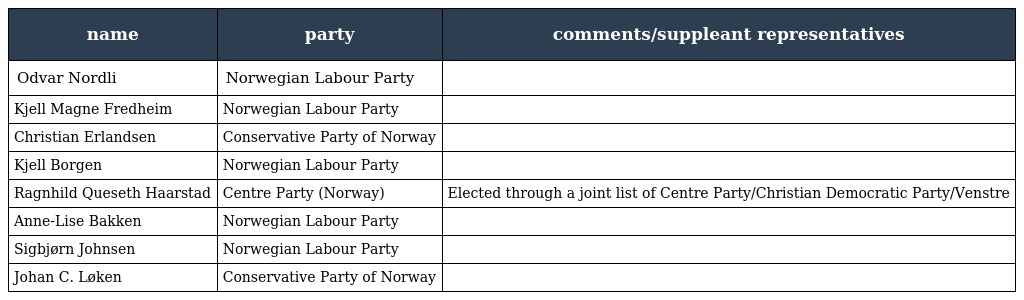
| name | party | comments/suppleant representatives |
 | --- | --- | --- |
 | Odvar Nordli | Norwegian Labour Party |  |
 | Kjell Magne Fredheim | Norwegian Labour Party |  |
 | Christian Erlandsen | Conservative Party of Norway |  |
 | Kjell Borgen | Norwegian Labour Party |  |
 | Ragnhild Queseth Haarstad | Centre Party (Norway) | Elected through a joint list of Centre Party/Christian Democratic Party/Venstre |
 | Anne-Lise Bakken | Norwegian Labour Party |  |
 | Sigbjørn Johnsen | Norwegian Labour Party |  |
 | Johan C. Løken | Conservative Party of Norway |  |